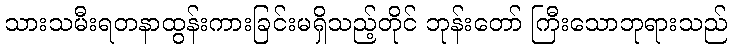
သားသမီးရတနာထွန်းကားခြင်းမရှိသည့်တိုင် ဘုန်းတော် ကြီးသောဘုရားသည်